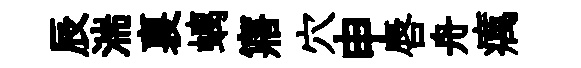
辰湍裏螭寤穴申唇舟癘